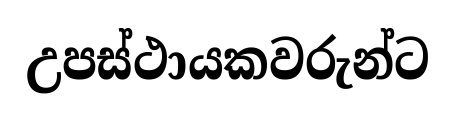
උපස්ථායකවරුන්ට